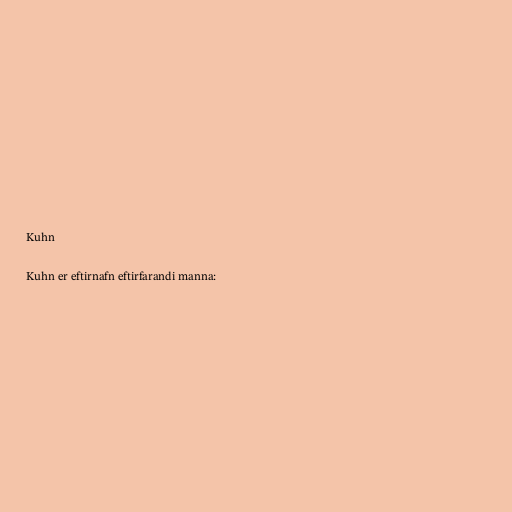
Kuhn

Kuhn er eftirnafn eftirfarandi manna: